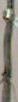
|